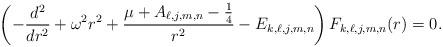
LaTeX: \begin{align*}\left( -\frac{d^{2}}{dr^{2}}+\omega ^{2}r^{2}+\frac{\mu +A_{\ell,j,m,n}-\frac{1}{4}}{r^{2}}-E_{k,\ell,j,m,n} \right) F_{k,\ell,j,m,n}(r)=0. \end{align*}